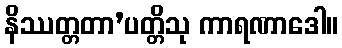
နိဿတ္တတာ’ပတ္တိသု ကာရဏာဒေါ။